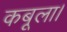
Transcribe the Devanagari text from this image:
कबूला।